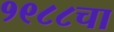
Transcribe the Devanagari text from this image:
१९८८चा